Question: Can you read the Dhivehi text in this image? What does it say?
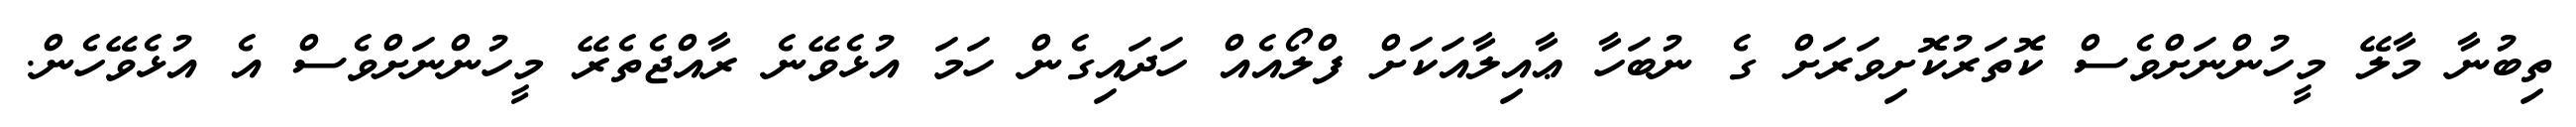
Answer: ތިބުނާ މާލޭ މީހުންނަށްވެސް ކޮތަރުކޮށިވަރަށް ގެ ނުބަހާ ޢާއިލާއަކަށް ފްލޯއެއް ހަދައިގެން ހަމަ އުޅެވޭނެ ރާއްޖެތެރޭ މީހުންނަށްވެސް އެ އުޅެވޭހެން.